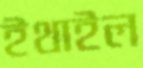
ইথাইল